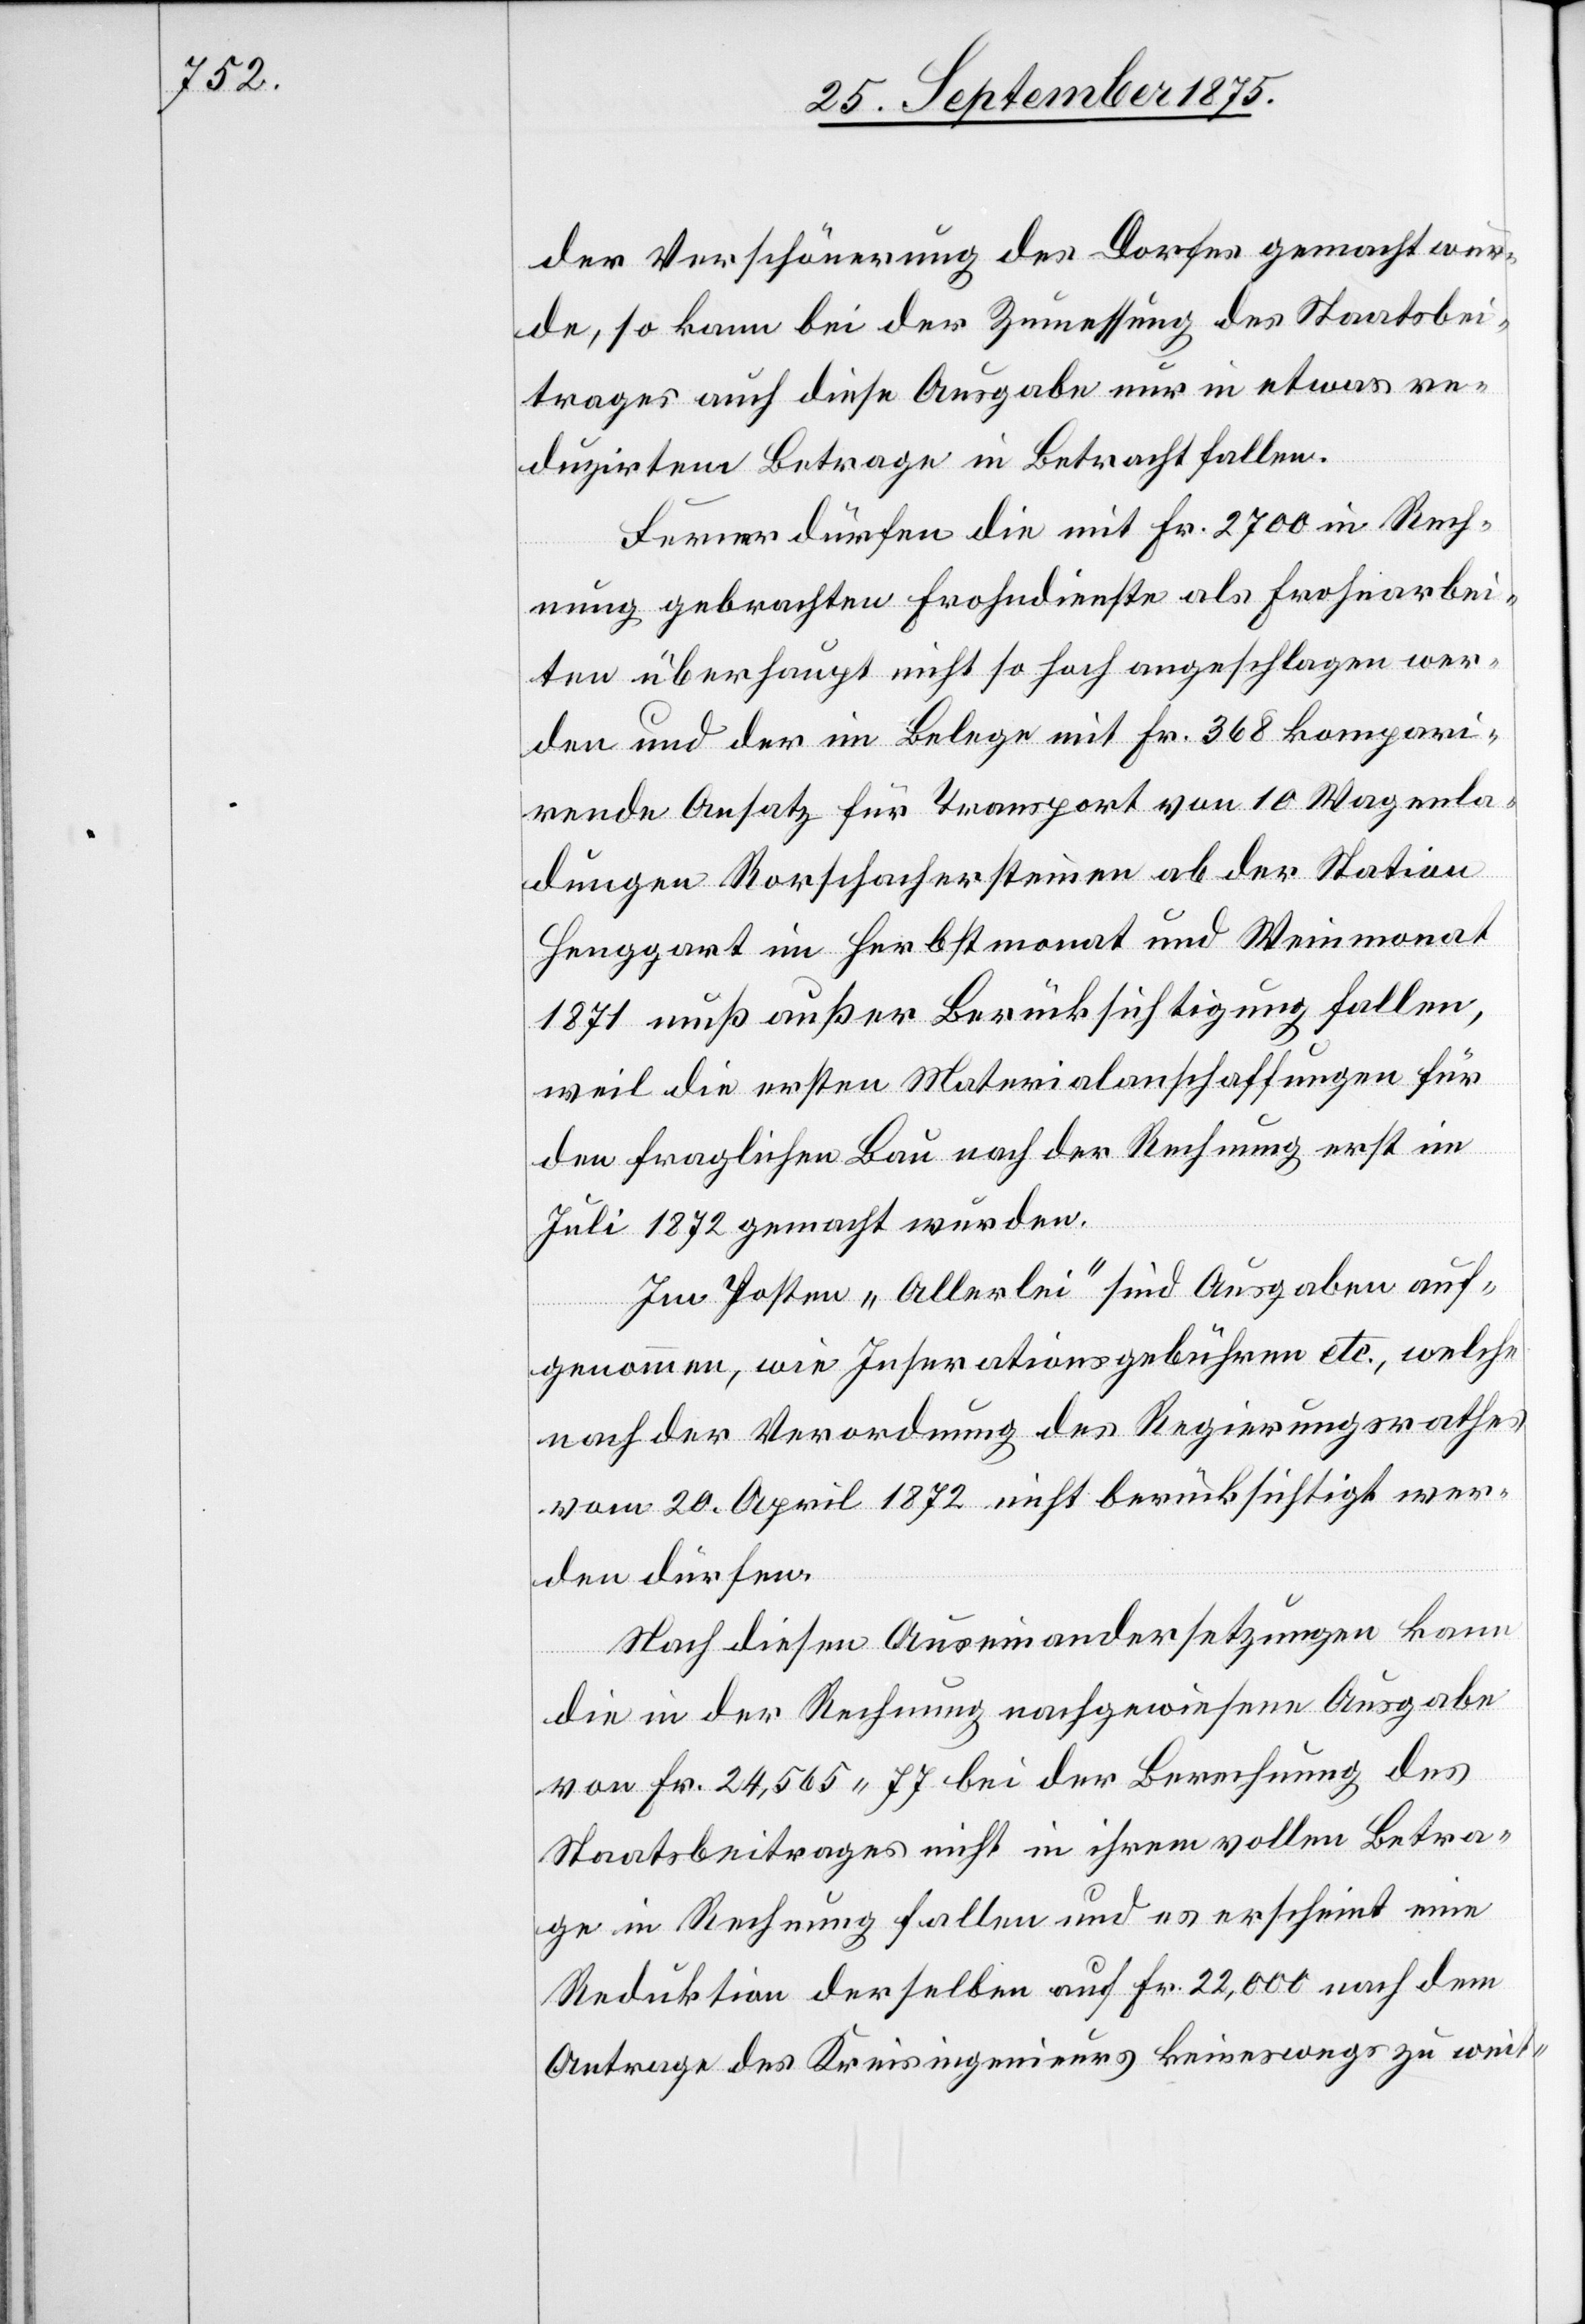
der Verschönerung des Dorfes gemacht wur¬
de, so kann bei der Zumessung des Staatsbei¬
trages auch diese Ausgabe nur in etwas re¬
duzirtem Betrage in Betracht fallen.
Ferner dürfen die mit Fr. 2700 in Rech¬
nung gebrachten Frohndienste als Frohnarbei¬
ten überhaupt nicht so hoch angeschlagen wer¬
den und der im Belege mit Fr. 368 kompari¬
rende Ansatz für Transport von 10 Wagenla¬
dungen Rorschachersteinen ab der Station
Henggart im Herbstmonat und Weinmonat
1871 muß außer Berücksichtigung fallen,
weil die ersten Materialanschaffungen für
den fraglichen Bau nach der Rechnung erst im
Juli 1872 gemacht wurden.
Im Posten „Allerlei“ sind Ausgaben auf¬
genommen, wie Inserationsgebühren etc., welche
nach der Verordnung des Regierungsrathes
vom 20. April 1872 nicht berücksichtigt wer¬
den dürfen.
Nach diesen Auseinandersetzungen kann
die in der Rechnung nachgewiesene Ausgabe
von Fr. 24,565 77 bei der Berechnung des
Staatsbeitrages nicht in ihrem vollen Betra¬
ge in Rechnung fallen und es erscheint eine
Reduktion derselben auf Fr. 22,000 nach dem
Antrage des Kreisingenieurs keineswegs zu weit-